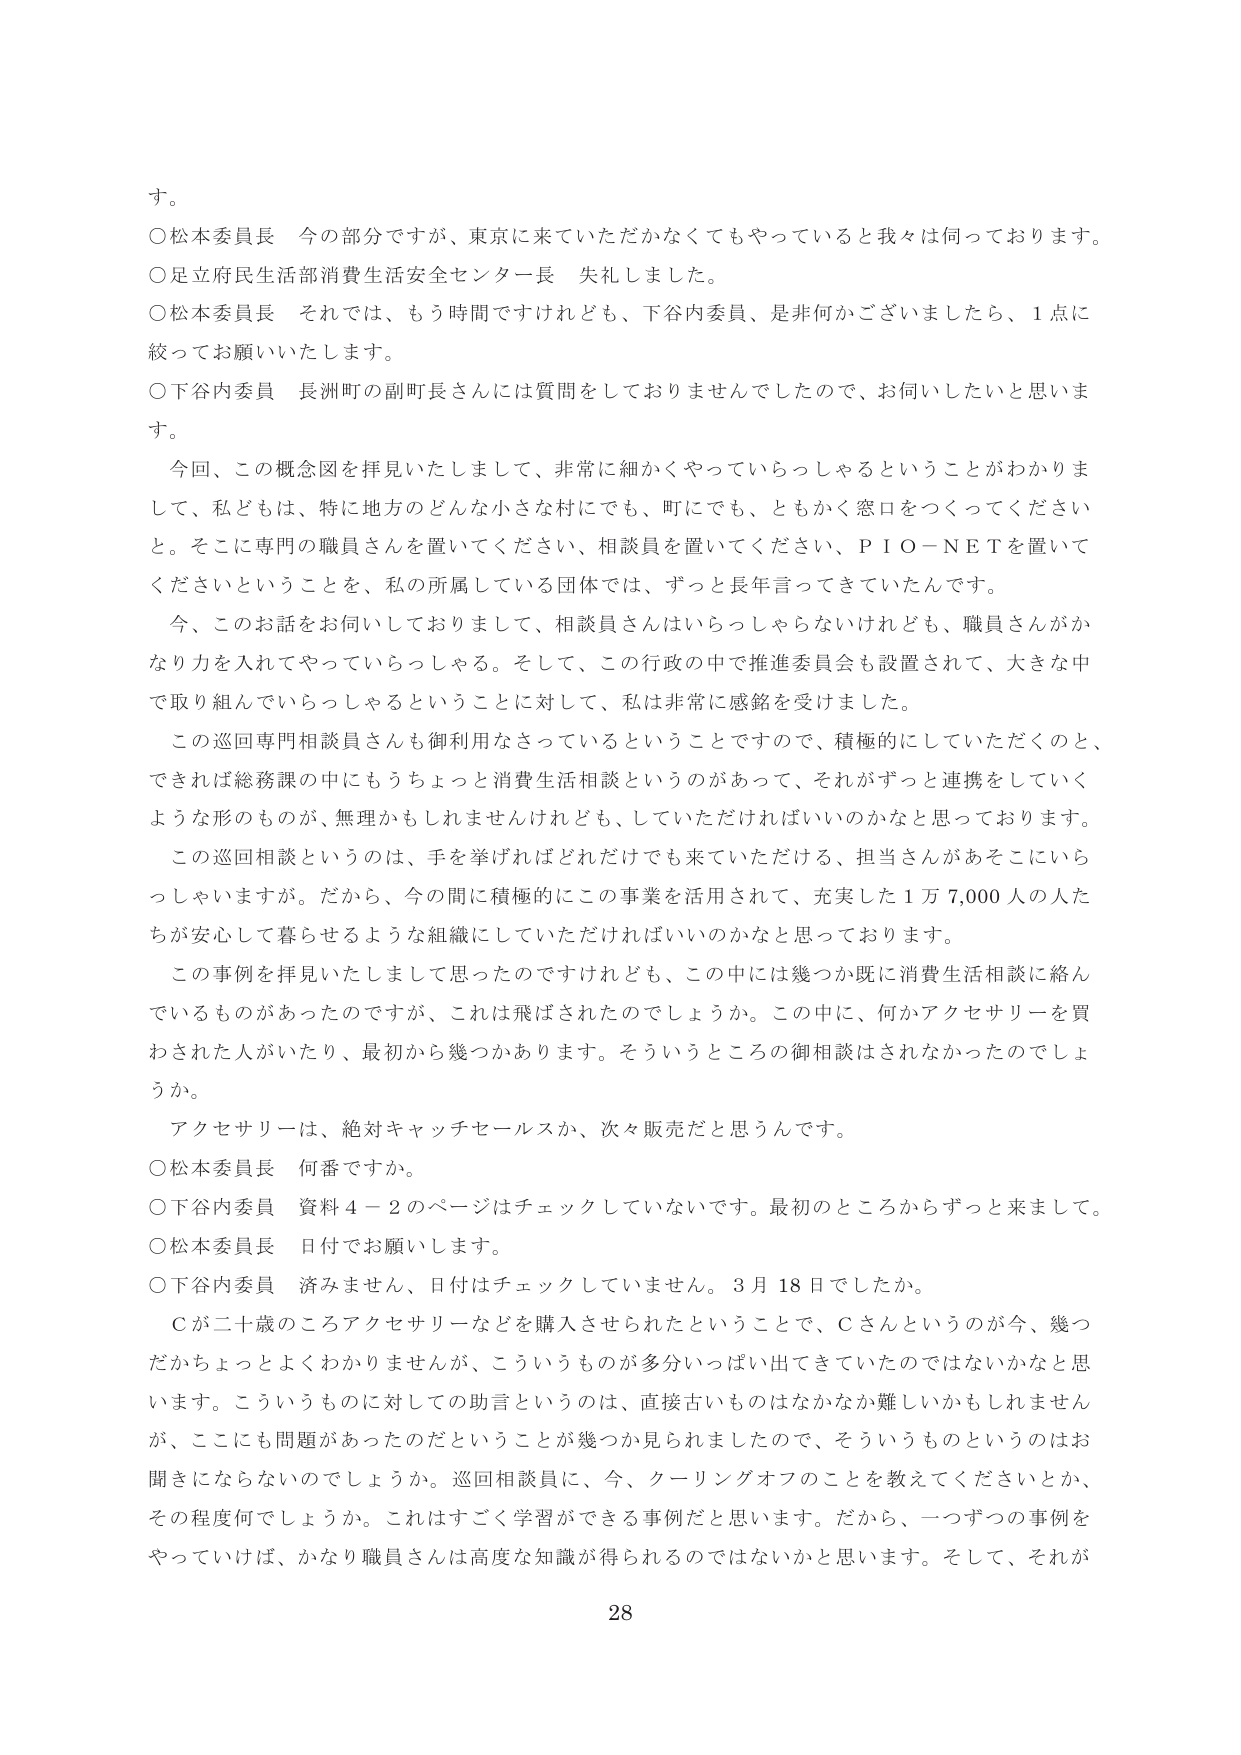
す。

○松本委員長　今の部分ですが、東京に来ていただかなくてもやっていると我々は伺っております。

○足立府民生活部消費生活安全センター長　失礼しました。

○松本委員長　それでは、もう時間ですけれども、下谷内委員、是非何かございましたら、1点に絞ってお願いいたします。

○下谷内委員　長洲町の副町長さんには質問をしておりませんでしたので、お伺いしたいと思います。

　今回、この概念図を拝見いたしまして、非常に細かくやっていらっしゃるということがわかりまして、私どもは、特に地方のどんな小さな村にでも、町にでも、ともかく窓口をつくってくださいと。そこに専門の職員さんを置いてください、相談員を置いてください、ＰＩＯ－ＮＥＴを置いてくださいということを、私の所属している団体では、ずっと長年言ってきていたんです。

　今、このお話をお伺いしておりまして、相談員さんはいらっしゃらないけれども、職員さんがかなり力を入れてやっていらっしゃる。そして、この行政の中で推進委員会も設置されて、大きな中で取り組んでいらっしゃるということに対して、私は非常に感銘を受けました。

　この巡回専門相談員さんも御利用なさっているということですので、積極的にしていただくのと、できれば総務課の中にもうちょっと消費生活相談というのがあって、それがずっと連携をしていくような形のものが、無理かもしれませんが、していただければいいのかなと思っております。

　この巡回相談というのは、手を挙げればどれだけでも来ていただける、担当さんがあそこにいらっしゃいますか。だから、今の間に積極的にこの事業を活用されて、充実した1万7,000人の人たちが安心して暮らせるような組織にしていただければいいのかなと思っております。

　この事例を拝見いたしまして思ったのですけれども、この中には幾つか既に消費生活相談に絡んでいるものがあったのですが、これは飛ばされたのでしょうか。この中に、何かアクセサリーを買わされた人がいたり、最初から幾つかあります。そういうところの御相談はされなかったのでしょうか。

　アクセサリーは、絶対キャッチセールスか、次々販売だと思うんです。

○松本委員長　何番ですか。

○下谷内委員　資料4－2のページはチェックしていないです。最初のところからずっと来まして。

○松本委員長　日付でお願いします。

○下谷内委員　済みません、日付はチェックしていません。3月18日でしたか。

　Ｃが二十歳のころアクセサリーなどを購入させられたということで、Ｃさんというのが今、幾つだかちょっとよくわかりませんが、こういうものが多分いっぱい出てきていたのではないかと思います。こういうものに対しての助言というのは、直接古いものはなかなか難しいかもしれません が、ここにも問題があったのだということが幾つか見られましたので、そういうものというのはお聞きにならないのでしょうか。巡回相談員に、今、クーリングオフのことを教えてくださいとか、その程度何でしょうか。これはすごく学習ができる事例だと思います。だから、一つずつの事例をやっていけば、かなり職員さんは高度な知識が得られるのではないかと思います。そして、それが

28